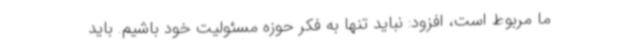
ما مربوط است، افزود: نباید تنها به فکر حوزه مسئولیت خود باشیم. باید